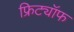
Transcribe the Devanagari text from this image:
फ्रिट्यॉफ